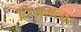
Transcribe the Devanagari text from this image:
दिनामलार